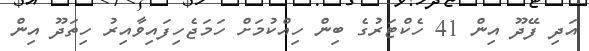
އަދި ފޭދޫ އިން 41 ހެކްޓަރުގެ ބިން ހިއްކުމަށް ހަމަޖެހިފައިވާއިރު ހިތަދޫ އިން